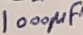
Text: 1000µF